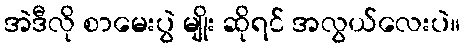
အဲဒီလို စာမေးပွဲ မျိုး ဆိုရင် အလွယ်လေးပဲ။